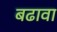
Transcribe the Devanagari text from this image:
बढावा